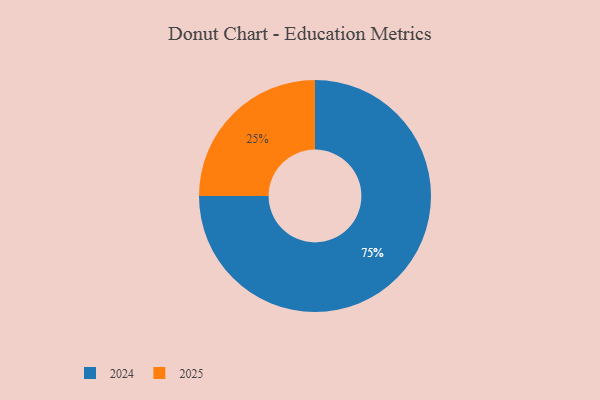
{"axis": {"x": "Category", "y": "Percentage"}, "legend": ["2024", "2025"], "data": [{"x": "2025", "y": 25, "type": "2025"}, {"x": "2024", "y": 75, "type": "2024"}]}